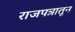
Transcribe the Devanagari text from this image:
राजपत्रातून